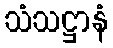
သံသဋ္ဌာနံ